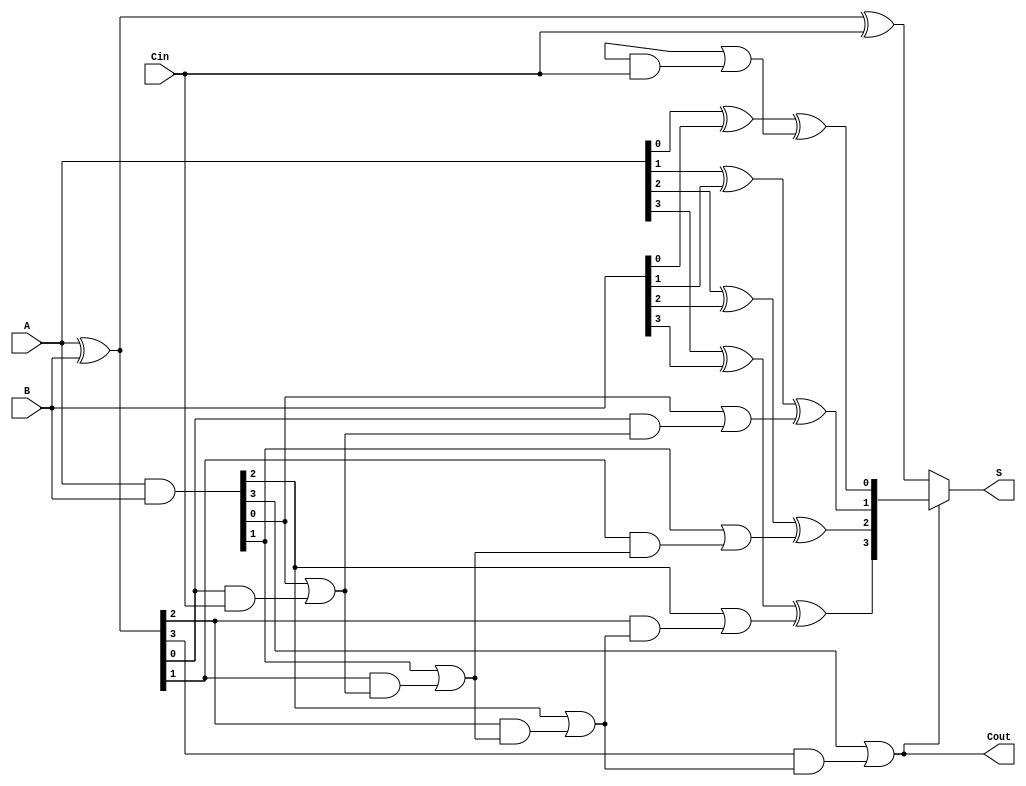
module conditional_sum_adder #(
    parameter WIDTH = 4  // Width of the input binary numbers
)(
    input  [WIDTH-1:0] A,   // First input number
    input  [WIDTH-1:0] B,   // Second input number
    input  Cin,              // Carry-in
    output [WIDTH-1:0] S,    // Sum output
    output Cout              // Carry-out
);

    // Generate and propagate signals
    wire [WIDTH-1:0] G; // Generate signals
    wire [WIDTH-1:0] P; // Propagate signals
    wire [WIDTH:0] C;   // Carry signals (C[0] = Cin)

    // Generate and propagate logic
    assign G = A & B;          // G[i] = A[i] AND B[i]
    assign P = A ^ B;          // P[i] = A[i] XOR B[i]

    // Carry generation
    assign C[0] = Cin; // Initial carry is Cin
    genvar i;
    generate
        for (i = 0; i < WIDTH; i = i + 1) begin : carry_gen
            assign C[i+1] = G[i] | (P[i] & C[i]); // C[i+1] = G[i] OR (P[i] AND C[i])
        end
    endgenerate

    // Intermediate sums
    wire [WIDTH-1:0] S1; // Sum without carry-in
    wire [WIDTH-1:0] S2; // Sum with carry-in

    assign S1 = A ^ B ^ C[0]; // S1[i] = A[i] XOR B[i] XOR Cin
    generate
        for (i = 0; i < WIDTH; i = i + 1) begin : sum_calc
            assign S2[i] = (A[i] ^ B[i]) ^ (G[i-1] | (P[i-1] & C[i])); // S2[i] = (A[i] XOR B[i]) XOR (G[i-1] OR (P[i-1] AND C[i]))
        end
    endgenerate

    // Final sum and carry-out
    assign S = C[WIDTH] ? S2 : S1; // Final sum based on carry-out
    assign Cout = C[WIDTH]; // Final carry-out

endmodule